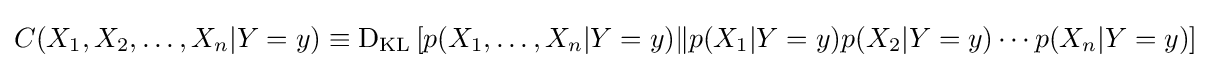
C(X_{1},X_{2},\ldots ,X_{n}|Y=y)\equiv \operatorname {D_{KL}} \left[p(X_{1},\ldots ,X_{n}|Y=y)\|p(X_{1}|Y=y)p(X_{2}|Y=y)\cdots p(X_{n}|Y=y)\right]\;